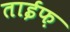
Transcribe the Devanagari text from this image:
ताईफ़